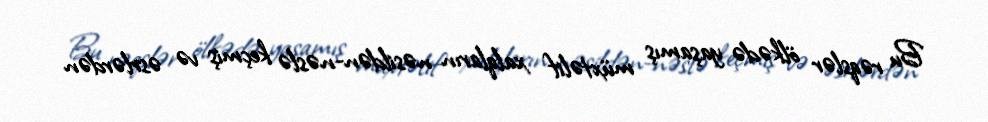
Bu rəqslər ölkədə yaşamış müxtəlif xalqların nəsildən-nəslə keçmiş və əsrlərdən